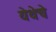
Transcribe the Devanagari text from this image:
येथेचे